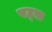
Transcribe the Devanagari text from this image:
पट्स